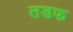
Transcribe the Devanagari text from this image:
तडफ